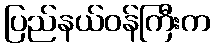
ပြည်နယ်ဝန်ကြီးက